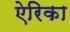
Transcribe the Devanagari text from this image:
ऐरिका